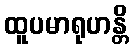
ထူပမာရုဟန္တိ